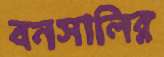
বনসালির